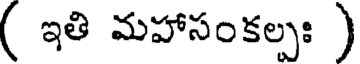
( ఇతి మహాసంకల్పః )